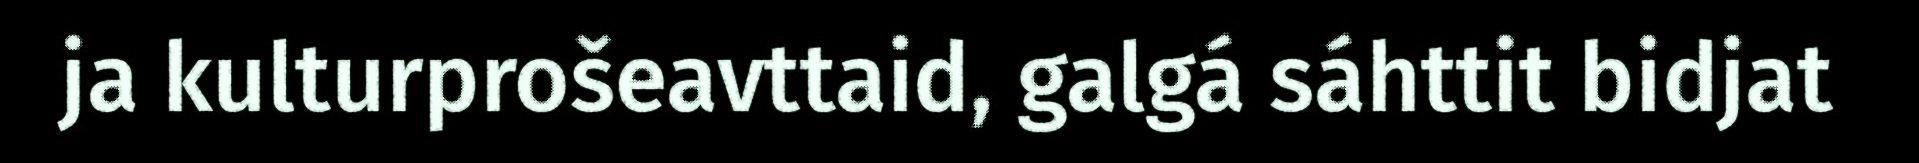
ja kulturprošeavttaid, galgá sáhttit bidjat